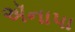
ઍનાપા